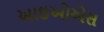
આઇઓએસ